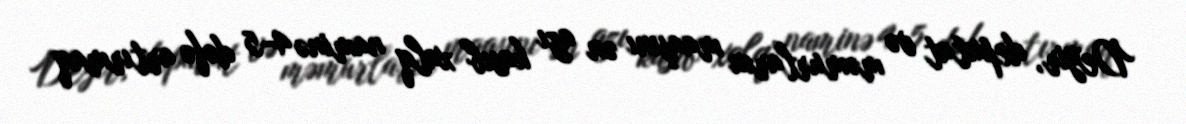
Deyir, deputat və məmurların maaşını ən azı kasıb xalq naminə 4-5 dəfə artırmaq